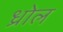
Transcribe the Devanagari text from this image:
ध्रोल